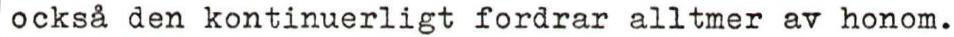
också den kontinuerligt fordrar alltmer av honom.